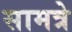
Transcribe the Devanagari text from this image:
सामत्रे